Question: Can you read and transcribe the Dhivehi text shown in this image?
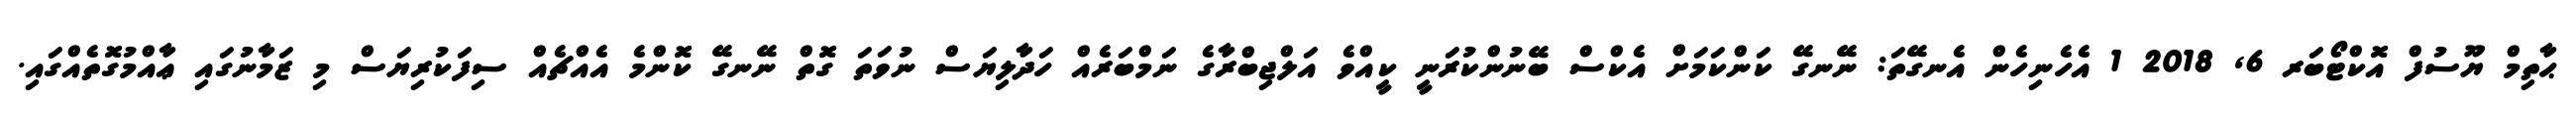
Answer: ޙާތިމް ޔޫސުފް އޮކްޓޯބަރ 6, 2018 1 އެހެނިހެން އެނގޭތަ: ނޭނގޭ ކަންކަމަށް އެކްސް ބޭނުންކުރަނީ ކީއްވެ އަލްޖިބްރާގެ ނަމްބަރެއް ހަދާލިޔަސް ނުވަތަ ގޮތް ނޭނގޭ ކޮންމެ އެއްޗެއް ސިފަކުރިޔަސް މި ޒަމާނުގައި ޢާއްމުގޮތެއްގައި.